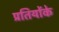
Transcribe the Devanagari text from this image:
प्रतियोंके